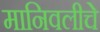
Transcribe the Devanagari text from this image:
मानिवलीचे